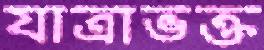
যাত্রাভক্ত